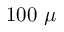
1 0 0 ~ \mu